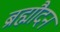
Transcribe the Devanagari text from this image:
ब्रह्मौदन